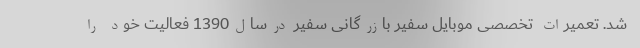
شد. تعمیرات تخصصی موبایل سفیر بازرگانی سفیر درسال1390 فعالیت خود را